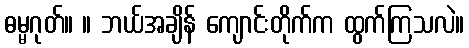
ဓမ္မဂုတ်။ ။ ဘယ်အချိန် ကျောင်းတိုက်က ထွက်ကြသလဲ။